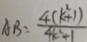
A B = \frac { 4 ( k ^ { 2 } + 1 ) } { 4 k ^ { 2 } + 1 }